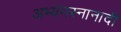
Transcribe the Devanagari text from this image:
अभ्यंगस्नानादी